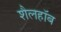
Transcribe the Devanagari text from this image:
शैलहाॅब